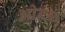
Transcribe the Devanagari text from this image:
ओहळ